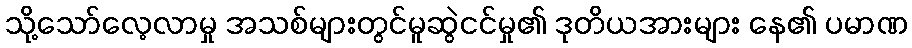
သို့သော်လေ့လာမှု အသစ်များတွင်မူဆွဲငင်မှု၏ ဒုတိယအားများ နေ၏ ပမာဏ